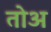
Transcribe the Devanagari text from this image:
तोअ